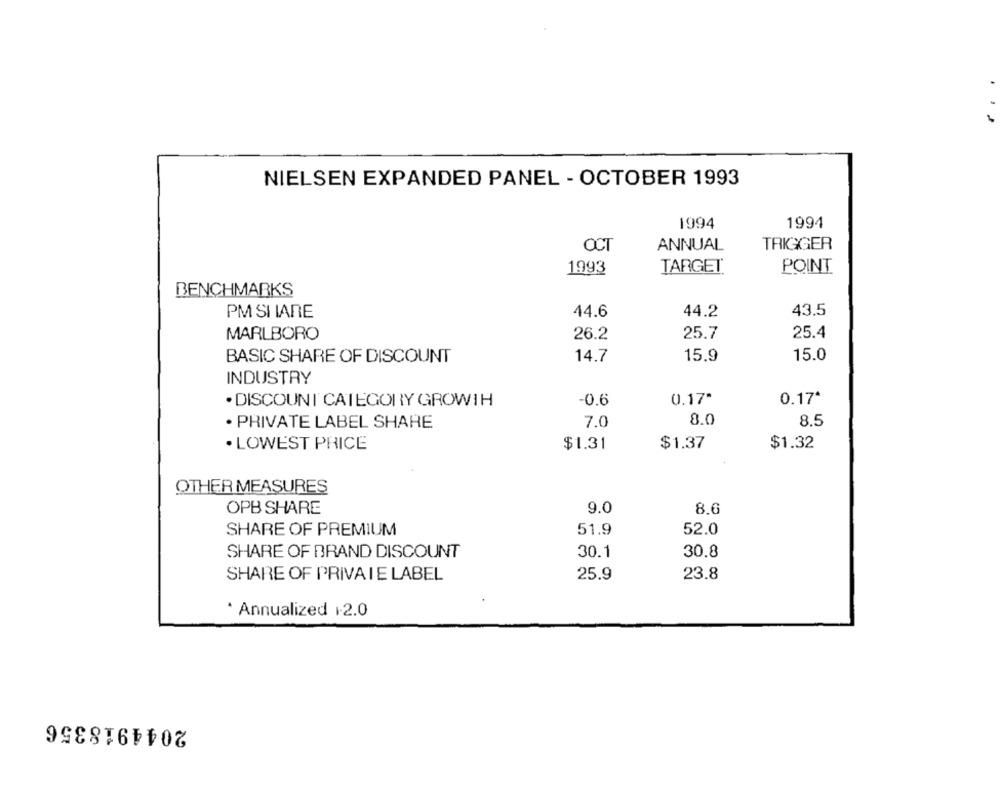
NIELSEN EXPANDED PANEL - OCTOBER 1993
1994
1994
ANNUAL
TRIGGER
OCT
1993
TARGET®
POINT
BENCHMARKS
PM SI IARE
44.6
44.2
43.5
MARLBORO
26.2
25.7
25.4
14.7
15.0
BASIC SHARE OF DISCOUNT
15.9
INDUSTRY
· DISCOUNT CATEGORY GROWTH
-0.6
0.17*
0.17ª
· PRIVATE LABEL SHARE
7.0
8.0
8.5
· LOWEST PRICE
$1.31
$1.37
$1.32
OTHER MEASURES
9.0
OPB SHARE
8.6
51.9
52.0
SHARE OF PREMIUM
SHARE OF BRAND DISCOUNT
30.1
30.8
SHARE OF PRIVATE LABEL
25.9
23.8
* Annualized 12.0
2044918356